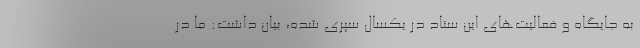
به جایگاه و فعالیت‌های این ستاد در یکسال سپری شده، بیان داشت: ما در